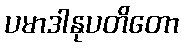
ပမာဒါနုပတိတော